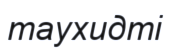
таухидті